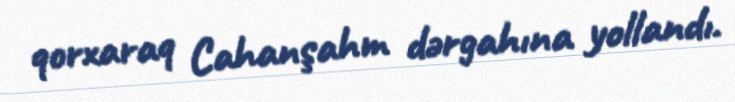
qorxaraq Cahanşahm dərgahına yollandı.